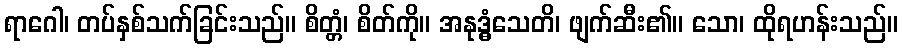
ရာဂေါ၊ တပ်နှစ်သက်ခြင်းသည်။ စိတ္တံ၊ စိတ်ကို။ အနုဒ္ဓံသေတိ၊ ဖျက်ဆီး၏။ သော၊ ထိုရဟန်းသည်။